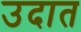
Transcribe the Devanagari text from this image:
उदात